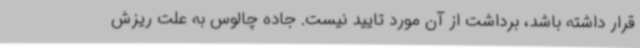
قرار داشته باشد، برداشت از آن مورد تایید نیست. جاده چالوس به علت ریزش